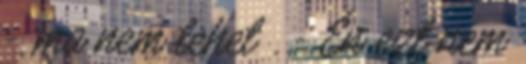
-, ma nem lehet . - Én ezt nem